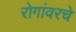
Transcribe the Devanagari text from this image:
रोगांवरचे